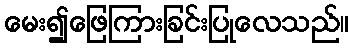
မေး၍ဖြေကြားခြင်းပြုလေသည်။